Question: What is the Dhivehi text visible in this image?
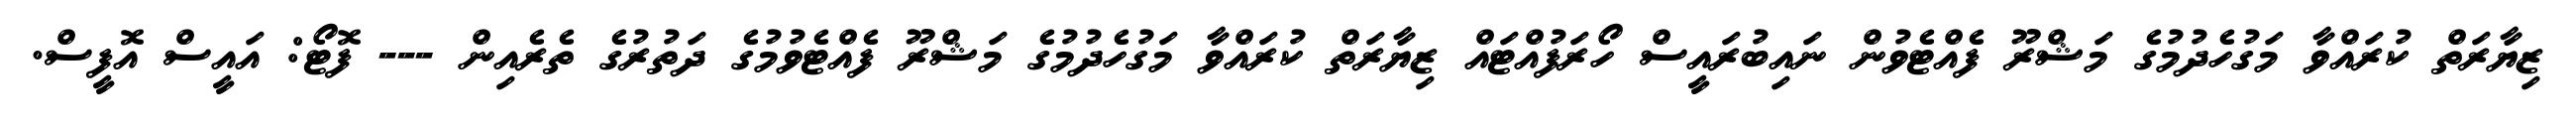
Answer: ޒިޔާރަތް ކުރައްވާ މަގުހެދުމުގެ މަޝްރޫ ފެއްޓެވުން ނައިބުރައީސް ހޯރަފުއްޓައް ޒިޔާރަތް ކުރައްވާ މަގުހެދުމުގެ މަޝްރޫ ފެއްޓެވުމުގެ ދަތުރުގެ ތެރެއިން --- ފޮޓޯ: އައީސް އޮފީސް.